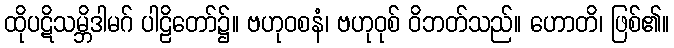
ထိုပဋိသမ္ဘိဒါမဂ် ပါဠိတော်၌။ ဗဟုဝစနံ၊ ဗဟုဝုစ် ဝိဘတ်သည်။ ဟောတိ၊ ဖြစ်၏။